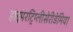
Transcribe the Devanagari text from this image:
हाइपरट्रिग्लीसेरीडेमिया